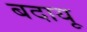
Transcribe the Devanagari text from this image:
बदायू